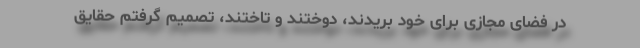
در فضای مجازی برای خود بریدند، دوختند و تاختند، تصمیم گرفتم حقایق